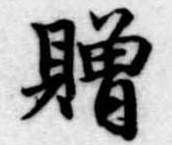
贈